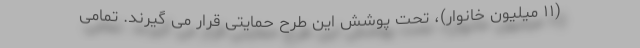
(۱۱ میلیون خانوار)، تحت پوشش این طرح حمایتی قرار می گیرند. تمامی